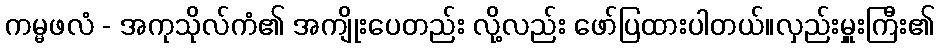
ကမ္မဖလံ - အကုသိုလ်ကံ၏ အကျိုးပေတည်း လို့လည်း ဖော်ပြထားပါတယ်။လှည်းမှူးကြီး၏